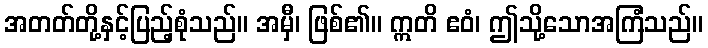
အတတ်တို့နှင့်ပြည့်စုံသည်။ အမှီ၊ ဖြစ်၏။ ဣတိ ဧဝံ၊ ဤသို့သောအကြံသည်။